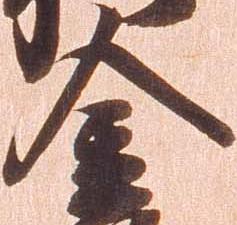
金